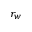
r _ { w }